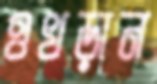
ওখড়ান